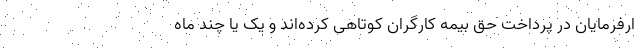
ارفرمایان در پرداخت حق بیمه کارگران کوتاهی کرده‌اند و یک یا چند ماه